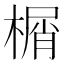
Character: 榍